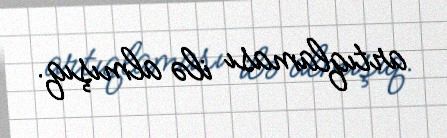
artıqlaması ilə almışıq.